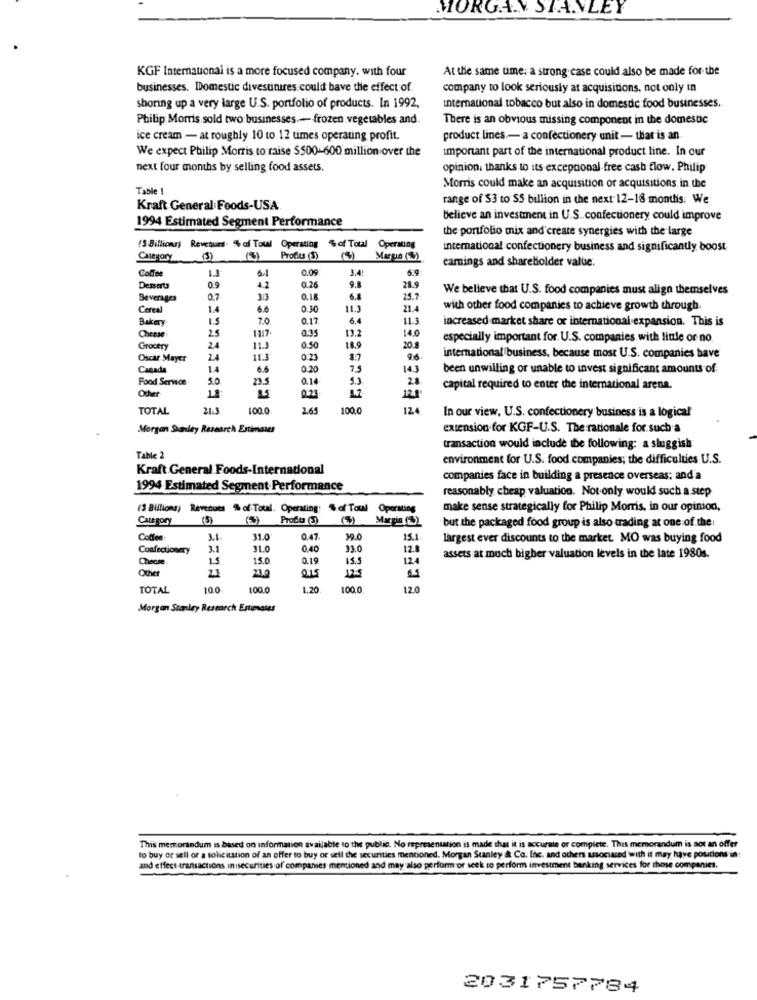
MORGAN STANLEY
KGF International is a more focused company. with four
At the same time: a strong. case could also be made for the
businesses. Domestic divestitures could bave the effect of
company to look seriously at acquisitions, not only in
shoring up a very large U.S. portfolio of products. In 1992.
international tobacco but also in domestic food businesses.
Philip Morris sold two:businesses .- frozen.vegetables and.
There is an obvious missing component in the domestic
ice cream - at roughly 10 to 12 times operating profit.
product lines .- a confectionery unit - that is an
We expect Philip Morris to raise $500-600 million over the
important part of the international product line. In our
next four months by selling food assets.
opinion, thanks to its excepcional free cash flow. Philip
Table !
Morris could make an acquisition or acquisitions in the
range of $3 to $5 billion in the next 12-18 months. We
Kraft General Foods-USA
1994 Estimated Segment Performance
believe an investment in U.S .. confectionery could improve
the portfolio mix and create synergies with the large
(3 Billions) Revenues- %af Toul Operating
%of Total Operaung
international confectionery business and significantly boost.
Category
Profits (3)
earnings and shareholder value.
Coffee
0.09
5.9
1.3
Desserts
0.9
4.2
0.26
9.8
28.9
We believe that U.S. food companies must align themselves
Beverages
0.7
313
0.18
6.8
25.7
Cereal
1.4
6.6
0.30
11.3
21.4
with other food companies to achieve growth through
Bakay
7.0
0.17
6.4
11.1
increased market share or international expansion. This is
25
0.95
13.2
14.0
Cheese
1117
especially important for. U.S. companies with little or no
Grocery
11.3
0.50
18.9
20.
Oscar Mayer
24
11:3
0.23
8.7
international business, because most U.S. companies have
Canada
14
6.6
0.20
7.5
143
been unwilling or unable to invest significant amounts of:
Food Service
5.0
23.5
0.14
9.3
0.23
12.1
capital required to enter the international arena.
TOTAL
21.3
100.0
100.0
124
In our view, U.S. confectionery business is a logical
Morgan Stanley Research Estimates
extension for KGF-U.S. The rationale for such a
transaction would include be following: a sluggish
Table 2
environment for U.S. food companies; the difficulties U.S.
Kraft General Foods-International
companies face in building a presence overseas; and a
1994 Estimated Segment Performance
reasonably, cheap valuation. Not only would such a step
(3 Billions) Revenues % of Toul. Operating: $ of Toul Operating
make sense strategically for Philip Morris, in our opinion,
Category
(5)
Profits (3)
(5)
Margin (%)
but the packaged food group is also trading at one of the:
Coffee:
3.1.
31.0
0.47
39.0
15.1
largest ever discounts to the market. MO was buying food
Confectionery
3.1
31.0
0.40
330
12.8
Cheese
1.5
15.0
0.19
15.5
124
assets at much higher valuation levels in the late 1980s.
Other
21
21.2
TOTAL
10.0
100.0
1.20
100.0
12.0
Morgan Stanley Research Estimates
This memorandum is based on information available to the public, No representation is made that it is accurate or complete. This memorandum is aot an offer
to buy or sell or a solicitation of an offer to buy or sell the securities mentioned. Morgan Stanley & Co. Inc. and others associated with it may have positions in
and effect transactions.Insecurities of companies mentioned and may also perform or seek to perform investment banking services for those companies.
2031757784